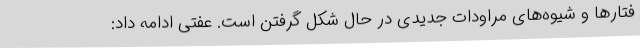
فتارها و شیوه‌های مراودات جدیدی در حال شکل گرفتن است. عفتی ادامه داد: